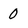
Character: 0